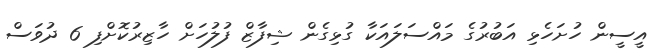
އީސީން ހުށަހެޅި އަބުރުގެ މައްސަލައަކާ ގުޅިގެން ޝިފާޒް ފުލުހަށް ހާޒިރުކޮށްފި 6 ދުވަސް